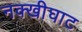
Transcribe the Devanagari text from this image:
नक्खीघाट